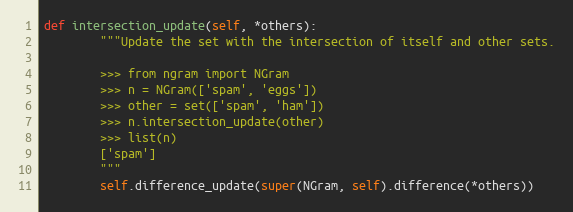
Language: Python
def intersection_update(self, *others):
        """Update the set with the intersection of itself and other sets.

        >>> from ngram import NGram
        >>> n = NGram(['spam', 'eggs'])
        >>> other = set(['spam', 'ham'])
        >>> n.intersection_update(other)
        >>> list(n)
        ['spam']
        """
        self.difference_update(super(NGram, self).difference(*others))